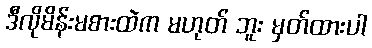
ဒီလိုမိန်းမစားထဲက မဟုတ် ဘူး မှတ်ထားပါ